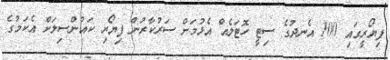
ފިޔޯރީގައި 100 އެނދުގެ ސިޓީ ހޮޓަލެއް އެޅުމަށް ސަރުކާރުން ފިޔޯރި ކައުންސިލަށް އެކަމުގެ